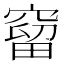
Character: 𥧥